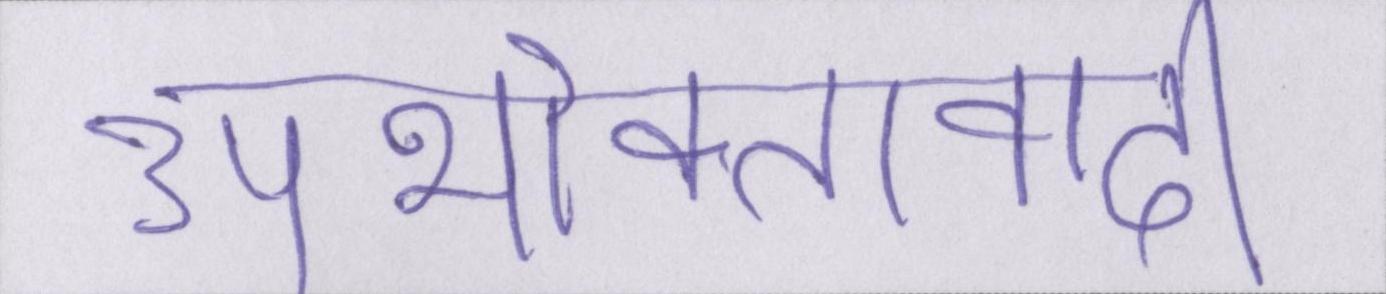
उपभोक्तावादी